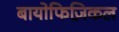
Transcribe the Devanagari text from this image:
बायोफिज़िकल